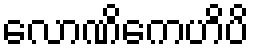
လောဏိကေဟိပိ